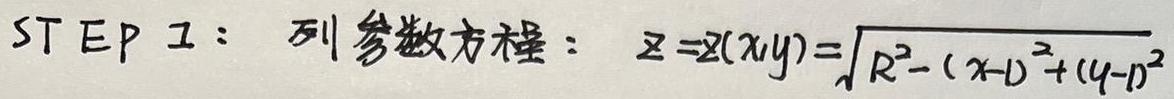
STEP 1: 列参数方程: $z = z(x,y)=\sqrt{R^{2}-(x - l)^{2}+(y - l)^{2}}$